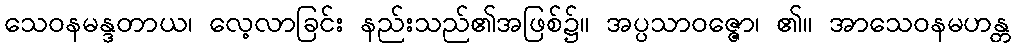
သေဝနမန္ဒတာယ၊ လေ့လာခြင်း နည်းသည်၏အဖြစ်၌။ အပ္ပသာဝဇ္ဇော၊ ၏။ အာသေဝနမဟန္တ